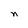
Character: n